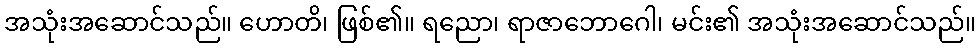
အသုံးအဆောင်သည်။ ဟောတိ၊ ဖြစ်၏။ ရညော၊ ရာဇာဘောဂေါ၊ မင်း၏ အသုံးအဆောင်သည်။